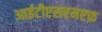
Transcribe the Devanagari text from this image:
आईटीएसएमएफ़